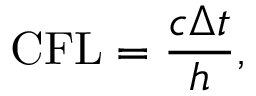
\mathrm { C F L } = \frac { c \Delta t } { h } ,